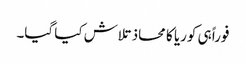
فوراً ہی کوریا کا محاذ تلاش کیا گیا۔